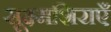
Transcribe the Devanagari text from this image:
सूक्ष्मशिराएँ